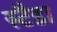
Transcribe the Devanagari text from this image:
स्टैडा